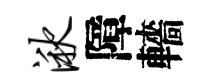
湫障轖